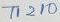
Text: T1210